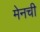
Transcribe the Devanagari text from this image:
मेनची